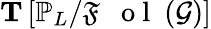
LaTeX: \mathbf{T}\left[\mathbb{P}_{L}/{\mathfrak{F}\mathrm{~\textbf~{~o~l~}~}}(\mathcal{G})\right]